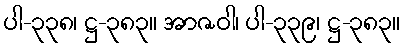
ပါ-၃၃၈၊ ဋ္ဌ-၃၈၃။ အာဇဝါ၊ ပါ-၃၃၉၊ ဋ္ဌ-၃၈၃။